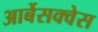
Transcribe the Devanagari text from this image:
आर्बेसक्वेस